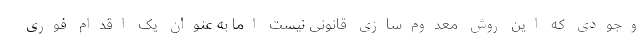
وجودی که این روش معدوم‌سازی قانونی نیست اما به عنوان یک اقدام فوری